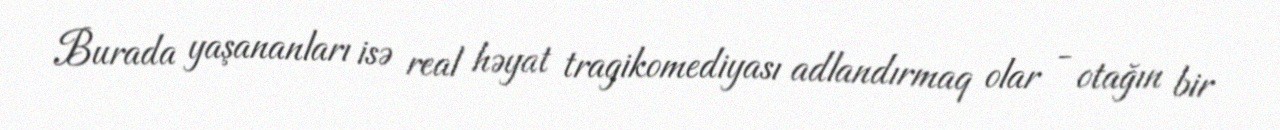
Burada yaşananları isə real həyat tragikomediyası adlandırmaq olar - otağın bir